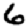
Digit: 6